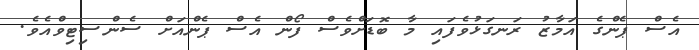
އެސް ޕެންގެ އަމާޒު ރަނގަޅުވެފައި މާ ބޮޑަށްވެސް ފޯން އެސް ޕެންއަށް ސެންސިޓިވްއެވެ.